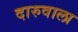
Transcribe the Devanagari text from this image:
दारुवाला